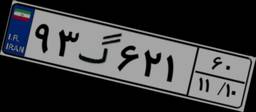
۹۳گ۶۲۱۶۰